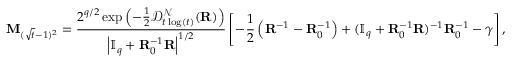
\mathbf { M } _ { ( \sqrt { t } - 1 ) ^ { 2 } } = \frac { 2 ^ { q / 2 } \exp \left( - \frac { 1 } { 2 } \mathcal { D } _ { t \log ( t ) } ^ { \mathcal { N } } ( \mathbf { R } ) \right) } { \left| \mathbb { I } _ { q } + \mathbf { R } _ { 0 } ^ { - 1 } \mathbf { R } \right| ^ { 1 / 2 } } \left[ - \frac { 1 } { 2 } \left( \mathbf { R } ^ { - 1 } - \mathbf { R } _ { 0 } ^ { - 1 } \right) + ( \mathbb { I } _ { q } + \mathbf { R } _ { 0 } ^ { - 1 } \mathbf { R } ) ^ { - 1 } \mathbf { R } _ { 0 } ^ { - 1 } - \boldsymbol { \gamma } \right] ,